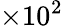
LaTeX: \times 10^{2}